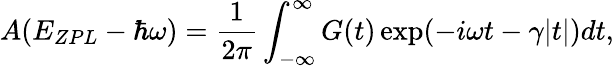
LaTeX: A(E_{ZPL}-\hbar\omega)=\frac{1}{2\pi}\int_{-\infty}^{\infty}G(t)\exp(-i\omega t-\gamma|t|)dt,